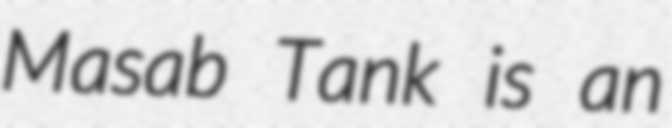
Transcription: Masab Tank is an